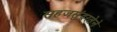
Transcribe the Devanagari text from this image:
सहजसुंदरतेने